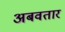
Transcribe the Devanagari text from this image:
अबवतार